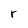
Character: r